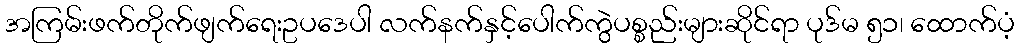
အကြမ်းဖက်တိုက်ဖျက်ရေးဥပဒေပါ လက်နက်နှင့်ပေါက်ကွဲပစ္စည်းများဆိုင်ရာ ပုဒ်မ ၅၁၊ ထောက်ပံ့